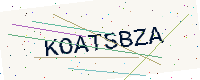
Text: KOATSBZA